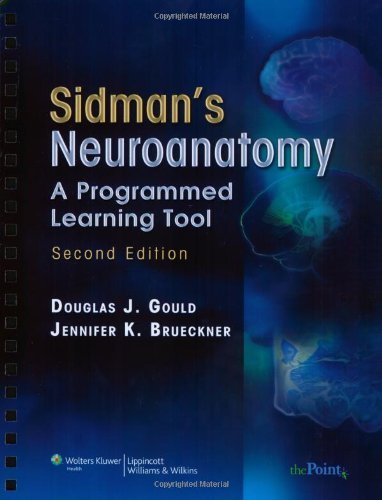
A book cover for By Douglas J. Gould PhD - Sidman's Neuroanatomy: A Programmed Learning Tool (2nd Edition) (10/28/07); Douglas J. Gould PhD; Medical Books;